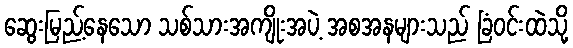
ဆွေးမြည့်နေသော သစ်သားအကျိုးအပဲ့ အစအနများသည် ခြံဝင်းထဲသို့